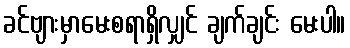
ခင်ဗျားမှာမေးစရာရှိလျှင် ချက်ချင်း မေးပါ။